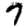
Digit: 7